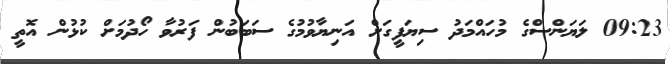
09:23 ލަޔަންސްގެ މުހައްމަދު ސިޔަފީގަށް އަނިޔާވުމުގެ ސަބަބުން ފަރުވާ ހޯދުމަށް ކުޅުން އޮތީ